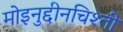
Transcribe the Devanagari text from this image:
मोइनुद्दीनचिश्ती